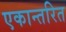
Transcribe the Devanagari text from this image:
एकान्तरित